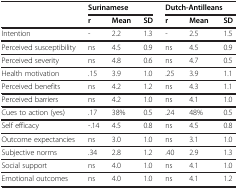
| <ROWSPAN=2>  | <COLSPAN=3> Surinamese | <COLSPAN=3> Dutch-Antilleans |
 | r | Mean | SD | r | Mean | SD |
 | --- | --- | --- | --- | --- | --- | --- |
 | Intention | - | 2.2 | 1.3 | - | 2.5 | 1.5 |
 | Perceived susceptibility | ns | 4.5 | 0.9 | ns | 4.5 | 0.9 |
 | Perceived severity | ns | 4.8 | 0.6 | ns | 4.7 | 0.5 |
 | Health motivation | .15 | 3.9 | 1.0 | .25 | 3.9 | 1.1 |
 | Perceived benefits | ns | 4.2 | 1.2 | ns | 4.3 | 1.1 |
 | Perceived barriers | ns | 4.2 | 1.0 | ns | 4.1 | 1.0 |
 | Cues to action (yes) | .17 | 38% | 0.5 | .24 | 48% | 0.5 |
 | Self efficacy | -.14 | 4.5 | 0.8 | ns | 4.5 | 0.8 |
 | Outcome expectancies | ns | 3.0 | 1.0 | ns | 3.1 | 1.0 |
 | Subjective norms | .34 | 2.8 | 1.2 | .40 | 2.9 | 1.3 |
 | Social support | ns | 4.0 | 1.0 | ns | 4.1 | 1.0 |
 | Emotional outcomes | ns | 4.0 | 1.0 | ns | 4.1 | 1.2 |